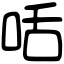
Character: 咶